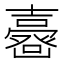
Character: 𡕉